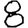
Digit: 8